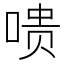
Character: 𪡞